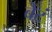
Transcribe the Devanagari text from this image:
बेटं